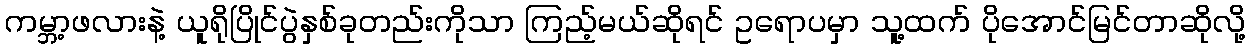
ကမ္ဘာ့ဖလားနဲ့ ယူရိုပြိုင်ပွဲနှစ်ခုတည်းကိုသာ ကြည့်မယ်ဆိုရင် ဥရောပမှာ သူ့ထက် ပိုအောင်မြင်တာဆိုလို့